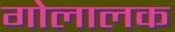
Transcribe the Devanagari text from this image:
गोलालक